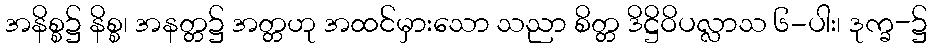
အနိစ္စ၌ နိစ္စ၊ အနတ္တ၌ အတ္တဟု အထင်မှားသော သညာ စိတ္တ ဒိဋ္ဌိဝိပလ္လာသ ၆-ပါး၊ ဒုက္ခ-၌